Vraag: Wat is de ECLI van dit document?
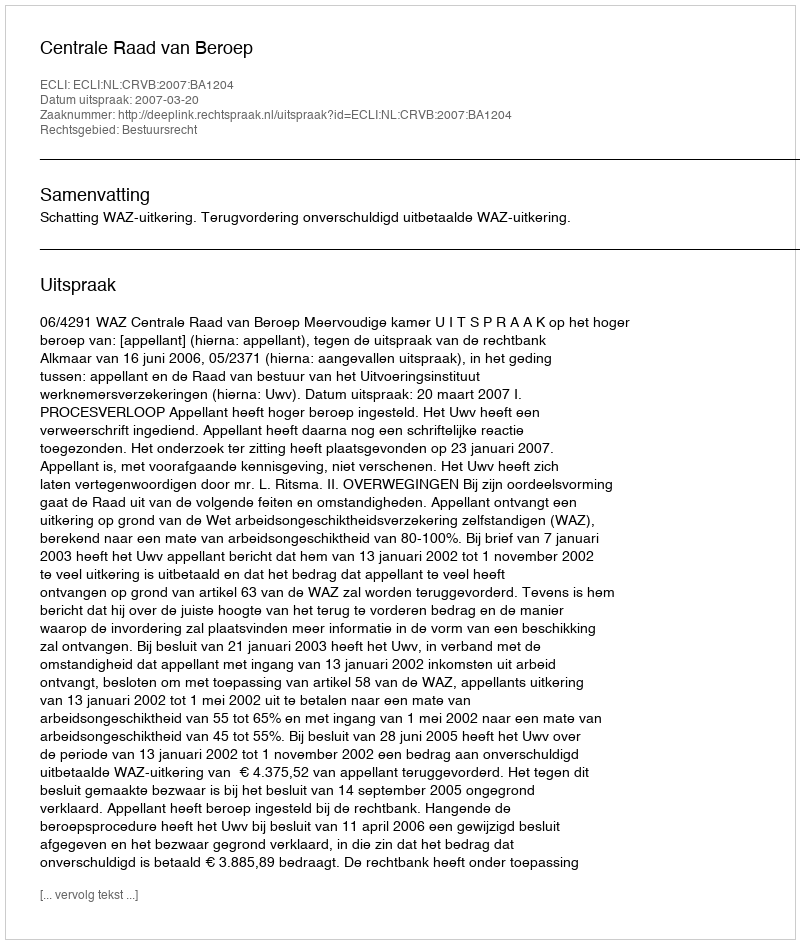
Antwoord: ECLI:NL:CRVB:2007:BA1204